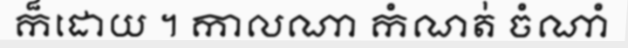
ក៏ដោយ ។ កាលណា កំណត់ ចំណាំ